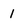
Character: l